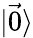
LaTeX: \mathinner{|{\vec{0}}\rangle}